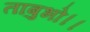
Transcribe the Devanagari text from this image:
ताबुभो।।